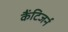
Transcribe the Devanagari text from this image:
कैंटिजर्न